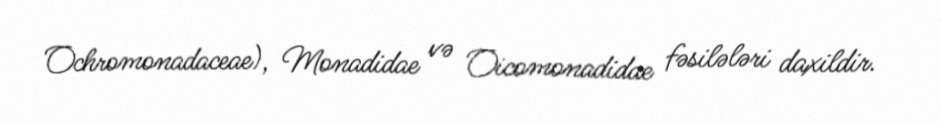
Ochromonadaceae), Monadidae və Oicomonadidae fəsilələri daxildir.